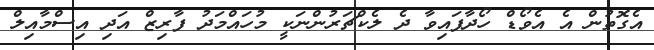
އެގޮތުން އެ އެވޯޑް ހޯދާފައިވާ ދެ ލެކްޗަރުންނަކީ މުހައްމަދު ފާރިޒް އަދި އިސްމާއިލް